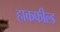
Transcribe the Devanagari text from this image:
हाकफील्ड